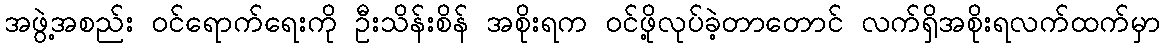
အဖွဲ့အစည်း ဝင်ရောက်ရေးကို ဦးသိန်းစိန် အစိုးရက ဝင်ဖို့လုပ်ခဲ့တာတောင် လက်ရှိအစိုးရလက်ထက်မှာ